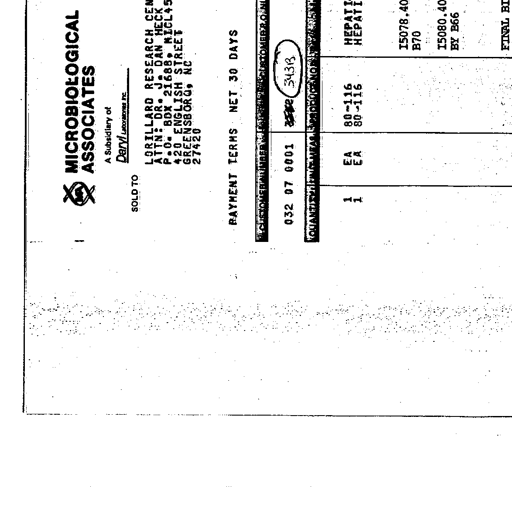
Transcript:
MICROBIOLOGICAL
ASSOCIATES
A Subsidiary of
Daryl Laboratories Inc.

SOLD TO
LORILLARD RESEARCH CEN
ATTN: DR. J. DAN HECK
P.O. BOX 21688, NICL45
420 ENGLISH STREET
GREENSBORO, NC
27420

PAYMENT TERMS NET 30 DAYS

CUSTOMER PURCHASE ORDER NUMBER
032 07 0001 34313

QUANTITY UNIT CAT NO.
1 EA 80-116
1 EA 80-116

HEPATI
HEPATI

15078.40
B70
15080.40
BY B66

FINAL BI